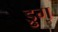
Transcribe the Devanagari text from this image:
ड्रुग